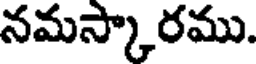
నమస్కారము.